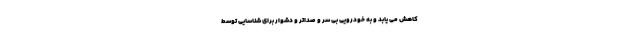
کاهش می یابد و به خودرویی بی سر و صداتر و دشوار برای شناسایی توسط